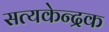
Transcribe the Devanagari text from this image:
सत्यकेन्द्रक